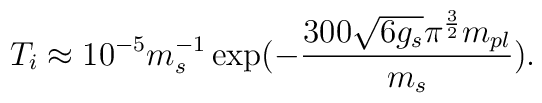
T_i\approx10^{-5}m_s^{-1}\exp(-\frac{300\sqrt{6g_s}\pi^{\frac{3}{2}}m_{pl}}{m_s}).